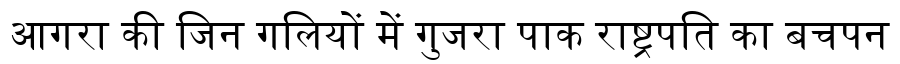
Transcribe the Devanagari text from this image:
आगरा की जिन गलियों में गुजरा पाक राष्ट्रपति का बचपन